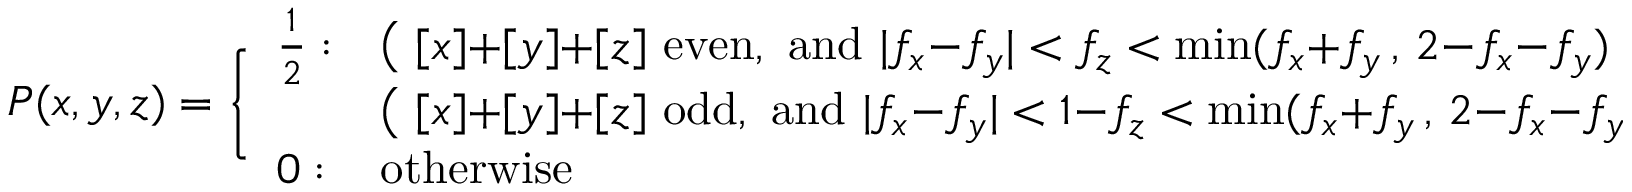
P ( x , y , z ) = \Bigg \{ \begin{array} { l l } { { \frac { 1 } { 2 } : } } & { { \big ( \; [ x ] { + } [ y ] { + } [ z ] \mathrm { ~ e v e n , ~ a n d ~ } | f _ { x } { - } f _ { y } | < f _ { z } < \operatorname * { m i n } ( f _ { x } { + } f _ { y } \, , \, 2 { - } f _ { x } { - } f _ { y } ) \; \big ) \; \; \mathrm { ~ o r } } } \\ { { } } & { { \big ( \; [ x ] { + } [ y ] { + } [ z ] \mathrm { ~ o d d , ~ a n d ~ } | f _ { x } { - } f _ { y } | < 1 { - } f _ { z } < \operatorname * { m i n } ( f _ { x } { + } f _ { y } \, , \, 2 { - } f _ { x } { - } f _ { y } ) \; \big ) } } \\ { { 0 : } } & { { \mathrm { o t h e r w i s e } } } \end{array}